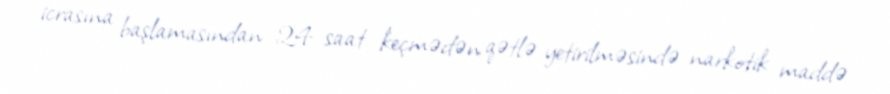
icrasına başlamasından 24 saat keçmədən qətlə yetirilməsində narkotik maddə